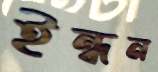
ইন্ধন